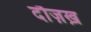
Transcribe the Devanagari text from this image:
दौज़ख़